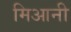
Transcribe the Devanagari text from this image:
मिआनी